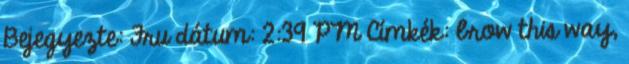
Bejegyezte: Fru dátum: 2:39 PM Címkék: brow this way,